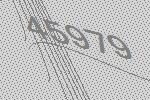
45979